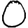
Digit: 0